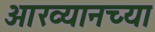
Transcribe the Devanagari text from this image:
आख्यानच्या